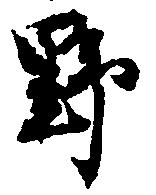
野